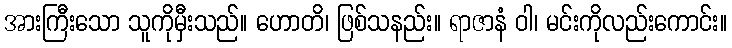
အားကြီးသော သူကိုမှီးသည်။ ဟောတိ၊ ဖြစ်သနည်း။ ရာဇာနံ ဝါ၊ မင်းကိုလည်းကောင်း။